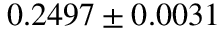
0 . 2 4 9 7 \pm 0 . 0 0 3 1